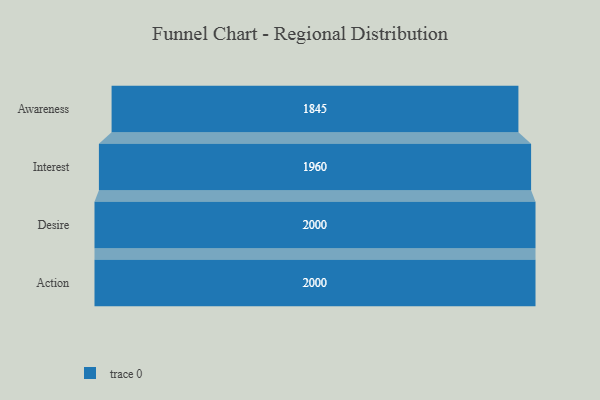
{"axis": {"x": "Stage", "y": "Value"}, "legend": [""], "data": [{"x": "Awareness", "y": 1845.0, "type": ""}, {"x": "Interest", "y": 1960.0, "type": ""}, {"x": "Desire", "y": 2000, "type": ""}, {"x": "Action", "y": 2000, "type": ""}]}